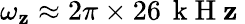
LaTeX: \omega_{\mathbf{z}}\approx2\pi\times26\, \mathrm{{~k~H~\mathbf{z}~}}